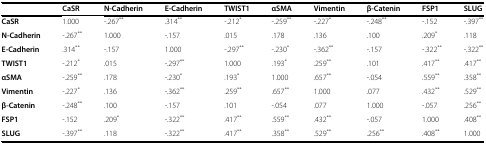
|  | CaSR | N-Cadherin | E-Cadherin | TWIST1 | αSMA | Vimentin | β-Catenin | FSP1 | SLUG |
 | --- | --- | --- | --- | --- | --- | --- | --- | --- | --- |
 | CaSR | 1.000 | -.267** | .314** | -.212* | -.259** | -.227* | -.248** | -.152 | -.397** |
 | N-Cadherin | -.267** | 1.000 | -.157 | .015 | .178 | .136 | .100 | .209* | .118 |
 | E-Cadherin | .314** | -.157 | 1.000 | -.297** | -.230* | -.362** | -.157 | -.322** | -.322** |
 | TWIST1 | -.212* | .015 | -.297** | 1.000 | .193* | .259** | .101 | .417** | .417** |
 | αSMA | -.259** | .178 | -.230* | .193* | 1.000 | .657** | -.054 | .559** | .358** |
 | Vimentin | -.227* | .136 | -.362** | .259** | .657** | 1.000 | .077 | .432** | .529** |
 | β-Catenin | -.248** | .100 | -.157 | .101 | -.054 | .077 | 1.000 | -.057 | .256** |
 | FSP1 | -.152 | .209* | -.322** | .417** | .559** | .432** | -.057 | 1.000 | .408** |
 | SLUG | -.397** | .118 | -.322** | .417** | .358** | .529** | .256** | .408** | 1.000 |